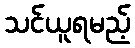
သင်ယူရမည့်